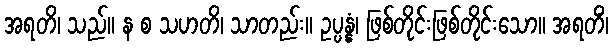
အရတိ၊ သည်။ န စ သဟတိ၊ သာတည်း။ ဥပ္ပန္နံ၊ ဖြစ်တိုင်းဖြစ်တိုင်းသော။ အရတိံ၊